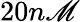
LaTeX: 20n\mathscr{M}